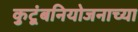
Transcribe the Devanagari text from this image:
कुटूंबनियोजनाच्या